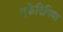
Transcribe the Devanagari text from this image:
एकेदिमिया